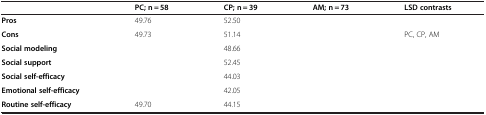
<table><thead><tr><td>[EMPTY_CELL]</td><td><b>PC; n = 58</b></td><td><b>CP; n = 39</b></td><td><b>AM; n = 73</b></td><td><b>LSD contrasts</b></td></tr></thead><tbody><tr><td><b>Pros</b></td><td>49.76</td><td>52.50</td><td>[EMPTY_CELL]</td><td>[EMPTY_CELL]</td></tr><tr><td><b>Cons</b></td><td>49.73</td><td>51.14</td><td>[EMPTY_CELL]</td><td>PC, CP, AM</td></tr><tr><td><b>Social modeling</b></td><td>[EMPTY_CELL]</td><td>48.66</td><td>[EMPTY_CELL]</td><td>[EMPTY_CELL]</td></tr><tr><td><b>Social support</b></td><td>[EMPTY_CELL]</td><td>52.45</td><td>[EMPTY_CELL]</td><td>[EMPTY_CELL]</td></tr><tr><td><b>Social self-efficacy</b></td><td>[EMPTY_CELL]</td><td>44.03</td><td>[EMPTY_CELL]</td><td>[EMPTY_CELL]</td></tr><tr><td><b>Emotional self-efficacy</b></td><td>[EMPTY_CELL]</td><td>42.05</td><td>[EMPTY_CELL]</td><td>[EMPTY_CELL]</td></tr><tr><td><b>Routine self-efficacy</b></td><td>49.70</td><td>44.15</td><td>[EMPTY_CELL]</td><td>[EMPTY_CELL]</td></tr></tbody></table>